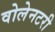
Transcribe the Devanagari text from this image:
वोलेनटरी